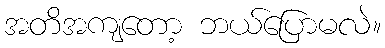
အတိအကျတော့ ဘယ်ပြောမလဲ။